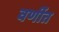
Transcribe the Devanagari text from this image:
वर्णीत